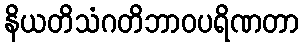
နိယတိသံဂတိဘာဝပရိဏတာ